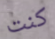
كنت